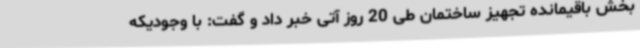
بخش باقیمانده تجهیز ساختمان طی 20 روز آتی خبر داد و گفت: با وجودیکه